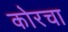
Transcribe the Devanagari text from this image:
कोरचा